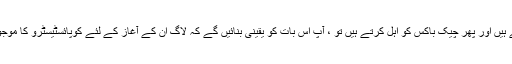
اگر آپ غیر فعال کرتے ہیں اور پھر چیک باکس کو اہل کرتے ہیں تو ، آپ اس بات کو یقینی بنائیں گے کہ لاگ ان کے آغاز کے لئے کوپائسٹیسٹرو کا موجودہ ورژن رجسٹرڈ ہے۔